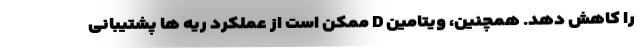
را کاهش دهد. همچنین، ویتامین D ممکن است از عملکرد ریه ها پشتیبانی